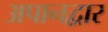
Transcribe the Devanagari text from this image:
अपानद्वार